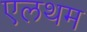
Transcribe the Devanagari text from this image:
एलथम